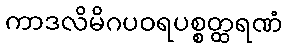
ကာဒလိမိဂပဝရပစ္စတ္ထရဏံ